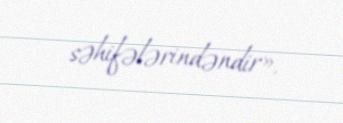
səhifələrindəndir».